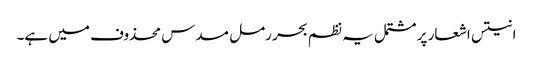
انتیس اشعار پر مشتمل یہ نظم بحر رمل مسدس محذوف میں ہے۔